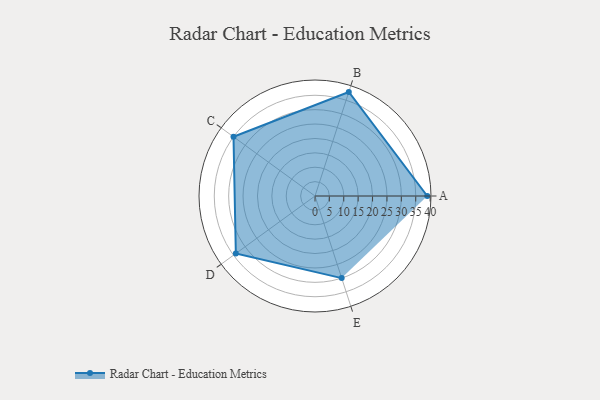
{"axis": {"x": "Skill", "y": "Score"}, "legend": ["Profile"], "data": [{"x": "A", "y": 39.0, "type": "Profile"}, {"x": "B", "y": 38.0, "type": "Profile"}, {"x": "C", "y": 35.0, "type": "Profile"}, {"x": "D", "y": 34.0, "type": "Profile"}, {"x": "E", "y": 30.0, "type": "Profile"}]}